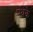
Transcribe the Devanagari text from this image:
पंथके